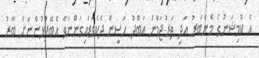
އެ ކޮމިޝަނުގެ މެންބަރު އަދި ތަރުޖަމާނު އަބްދު ހަސީން ދެކެވަޑައިގަންނަވާ އެބޭފުޅުންނަށް ބާރު